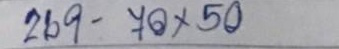
269 - 70 x 50